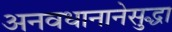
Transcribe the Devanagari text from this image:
अनवधानानेसुद्धा